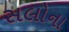
સલોના